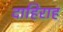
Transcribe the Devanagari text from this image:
दाहिराह